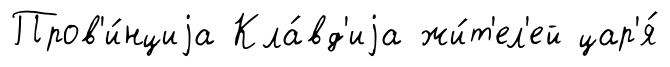
Пров'и́нциjа Кла́вд'иjа жи́т'ел'ей цар'я́